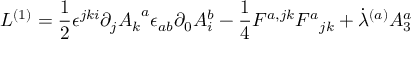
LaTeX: { \cal L } ^ { ( 1 ) } = { \frac { 1 } { 2 } } { \epsilon ^ { j k i } \partial _ { j } { A _ { k } } ^ { a } } { \epsilon _ { a b } \partial _ { 0 } { A _ { i } ^ { b } } } - { \frac { 1 } { 4 } } { F ^ { a , j k } } { { F ^ { a } } _ { j k } } + { \dot { \lambda } ^ { ( a ) } } { A _ { 3 } ^ { a } }